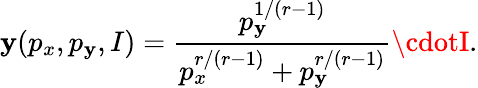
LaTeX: \mathbf{y}(p_{x},p_{\mathbf{y}},I)={\frac{{p_{\mathbf{y}}^{1/(r-1)}}}{{p_{x}^{r/(r-1)}+p_{\mathbf{y}}^{r/(r-1)}}}}\cdotI.